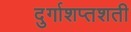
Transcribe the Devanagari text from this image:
दुर्गाशप्तशती